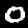
Label: 0